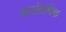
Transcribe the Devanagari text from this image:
सर्वावधिक